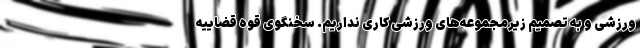
ورزشی و به تصمیم زیرمجموعه‌های ورزشی کاری نداریم. سخنگوی قوه قضاییه